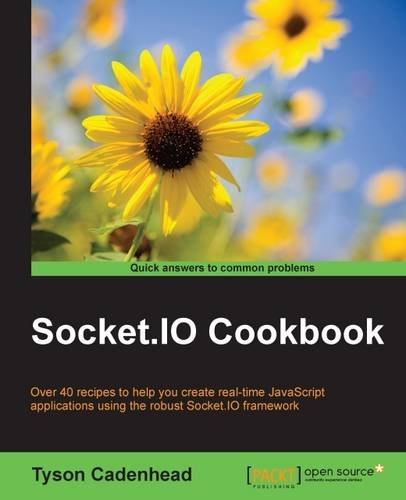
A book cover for Socket.IO Cookbook; Tyson Cadenhead; Computers & Technology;